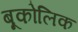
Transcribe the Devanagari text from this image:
बूकोलिक